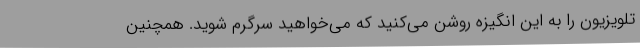
تلویزیون را به این انگیزه روشن می‌کنید که می‌خواهید سرگرم شوید. همچنین